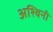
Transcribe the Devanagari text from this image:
अश्‍विनी